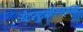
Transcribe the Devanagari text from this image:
उंटरटुर्कहाइम